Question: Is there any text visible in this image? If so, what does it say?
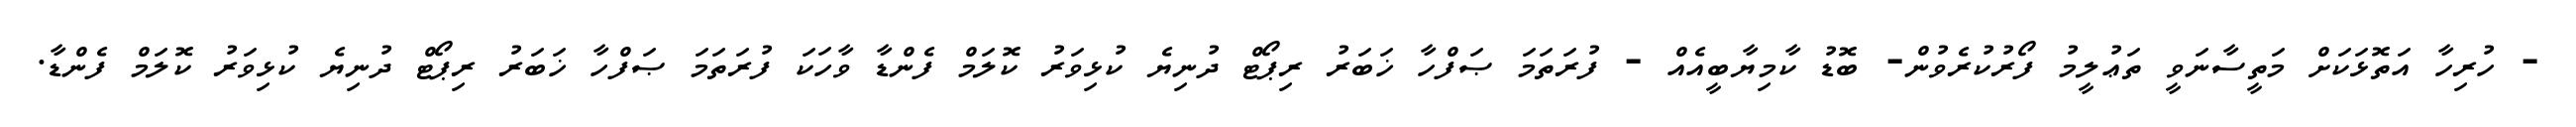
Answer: - ހުރިހާ އަތޮޅަކަށް މަތީސާނަވީ ތަޢުލީމު ފޯރުކުރެވުން- ބޮޑު ކާމިޔާބީއެއް - ފުރަތަމަ ޞަފްހާ ޚަބަރު ރިޕޯޓް ދުނިޔެ ކުޅިވަރު ކޮލަމް ފެންޑާ ވާހަކަ ފުރަތަމަ ޞަފްހާ ޚަބަރު ރިޕޯޓް ދުނިޔެ ކުޅިވަރު ކޮލަމް ފެންޑާ.